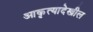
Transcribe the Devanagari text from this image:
आकृत्यादेखील